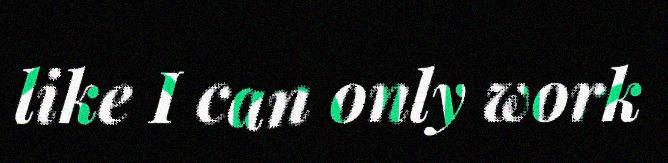
like I can only work